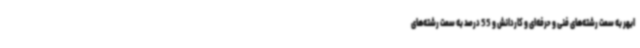
ابهر به سمت رشته‌های فنی و حرفه‌ای و کاردانش و 55 درصد به سمت رشته‌های